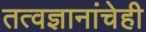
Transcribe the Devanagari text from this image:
तत्वज्ञानांचेही